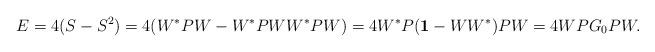
LaTeX: \begin{align*}E=4(S-S^2)=4(W^*PW-W^*PWW^*PW)=4W^*P({\bf 1}-WW^*)PW=4WPG_0PW.\end{align*}